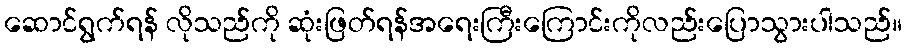
ဆောင်ရွက်ရန် လိုသည်ကို ဆုံးဖြတ်ရန်အရေးကြီးကြောင်းကိုလည်းပြောသွားပါသည်။